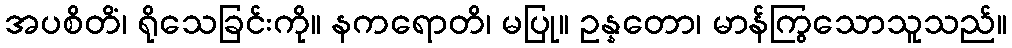
အပစိတိံ၊ ရိုသေခြင်းကို။ နကရောတိ၊ မပြု။ ဥန္နတော၊ မာန်ကြွသောသူသည်။